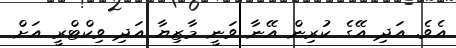
އެވެ. އަދި އޭގެ ކުރިން އޭނާ ވަނީ މާޒިޔާ އަދި ވިކްޓްރީ އަށް